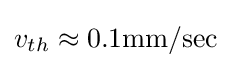
v_{th}\approx 0.1\mathrm {mm/sec}